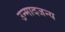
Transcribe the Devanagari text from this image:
उन्मादजन्य